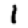
Digit: 1